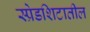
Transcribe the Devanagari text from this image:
स्प्रेडशिटातील